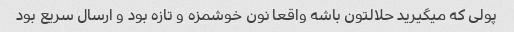
پولی که میگیرید حلالتون باشه واقعا نون خوشمزه و تازه بود و ارسال سریع بود